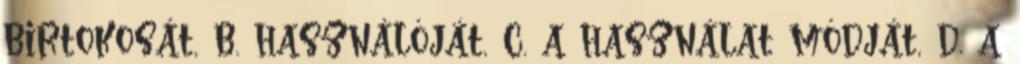
birtokosát, b. használóját, c. a használat módját, d. a